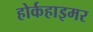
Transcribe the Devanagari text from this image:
होर्कहाइमर